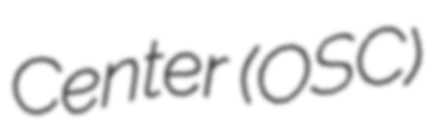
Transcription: Center (OSC)